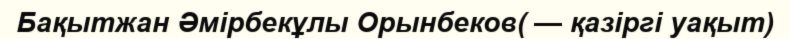
Бақытжан Әмірбекұлы Орынбеков( — қазіргі уақыт)